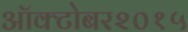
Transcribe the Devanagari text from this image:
ऑक्टोबर२०१५